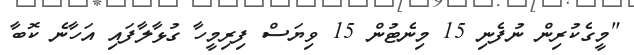
"މީގެކުރިން ނުފެނި 15 މިނެޓުން 15 ވިޔަސް ފިރިމީހާ ގުޅާލާފައި އަހާނެ ކޮބާ